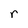
Character: r